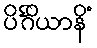
ပိင်္ဂိယာနိံ